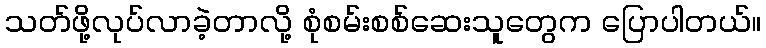
သတ်ဖို့လုပ်လာခဲ့တာလို့ စုံစမ်းစစ်ဆေးသူတွေက ပြောပါတယ်။